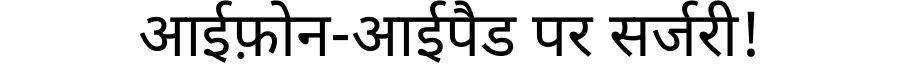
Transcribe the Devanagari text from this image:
आईफ़ोन-आईपैड पर सर्जरी!